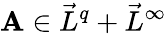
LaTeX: \mathbf{A}\in\vec{L}^{q}+\vec{L}^{\infty}